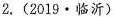
2.(2019·临沂)